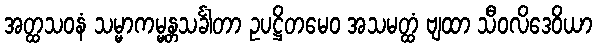
အတ္ထသဝနံ သမ္မာကမ္မန္တသင်္ခါတာ ဥပဋ္ဌိတမေဝ အသမတ္ထံ ဗျထာ သီဝလိဒေဝိယာ